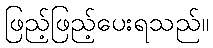
ဖြည့်ဖြည့်ပေးရသည်။